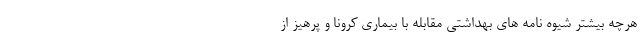
هرچه بیشتر شیوه نامه های بهداشتی مقابله با بیماری کرونا و پرهیز از